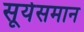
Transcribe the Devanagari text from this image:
सूर्यसमान